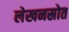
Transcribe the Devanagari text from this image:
लेखनस्रोत